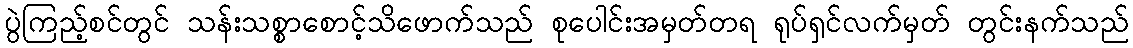
ပွဲကြည့်စင်တွင် သန်းသစ္စာစောင့်သိဖောက်သည် စုပေါင်းအမှတ်တရ ရုပ်ရှင်လက်မှတ် တွင်းနက်သည်